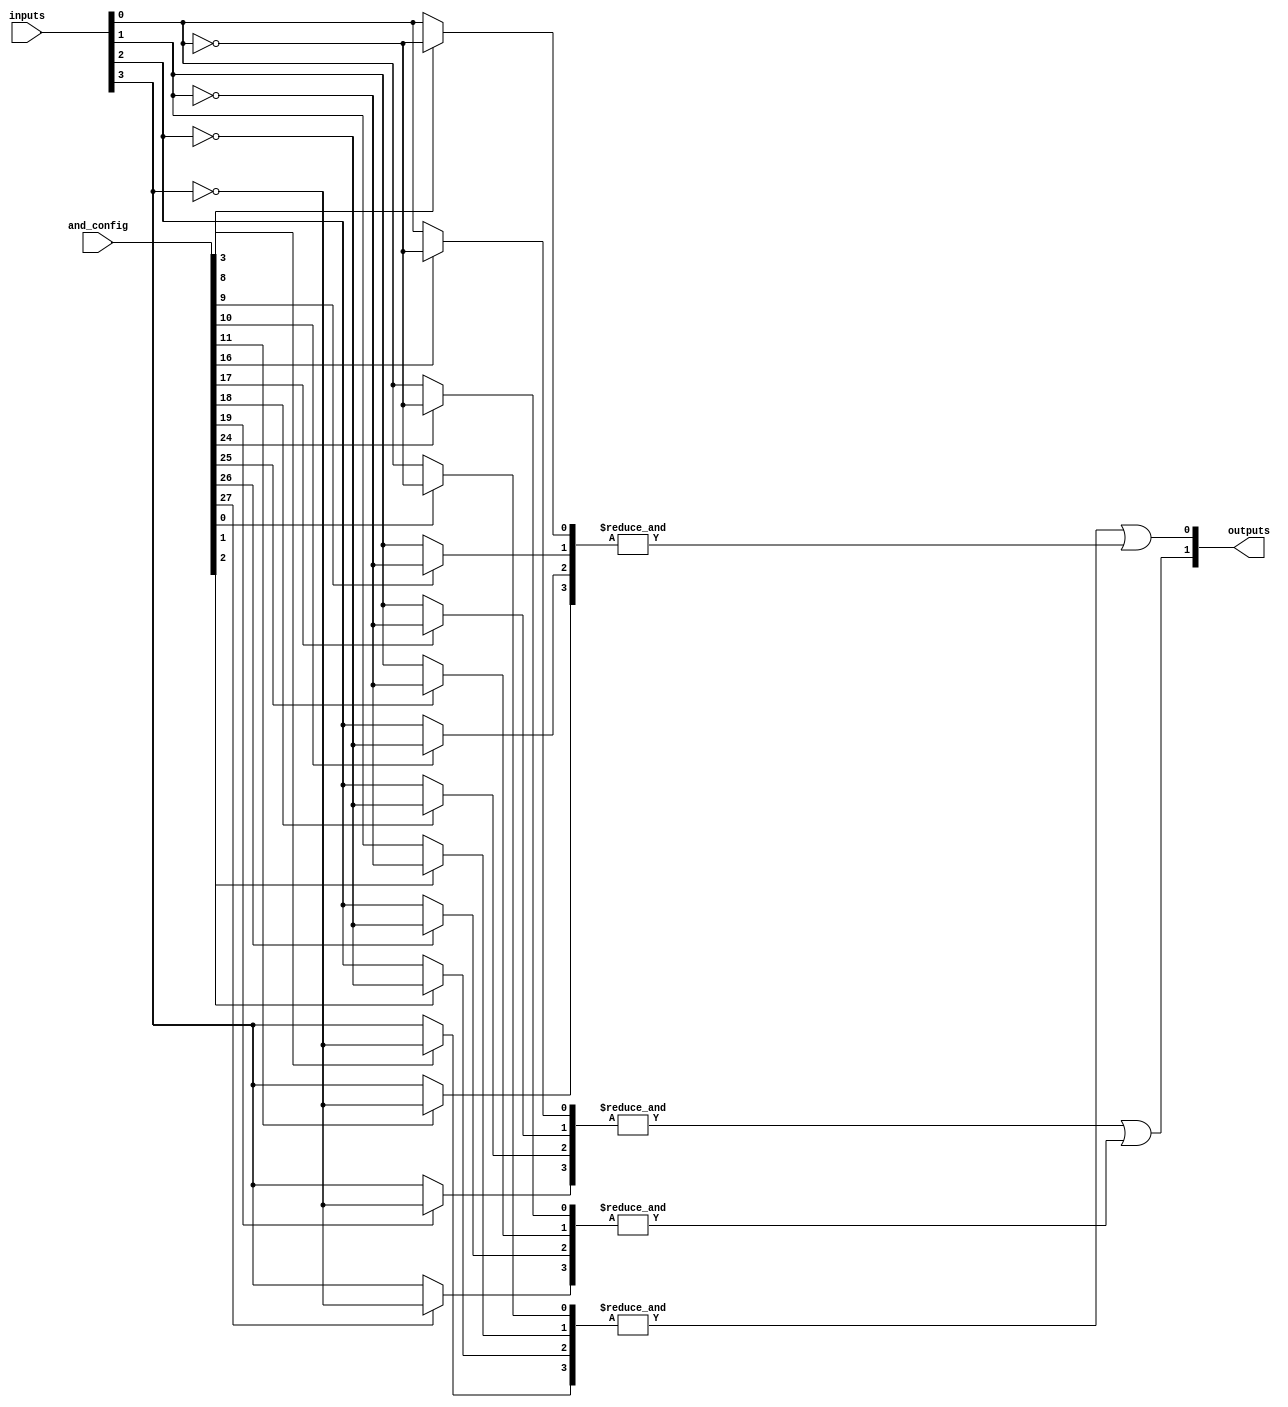
module SPAL #(
    parameter NUM_INPUTS = 4,      // Number of inputs
    parameter NUM_AND_GATES = 4,    // Number of programmable AND gates
    parameter NUM_OR_GATES = 2       // Number of fixed OR gates
)(
    input wire [NUM_INPUTS-1:0] inputs,           // Input signals
    input wire [NUM_AND_GATES*(NUM_INPUTS*2)-1:0] and_config, // Configuration for AND gates
    output wire [NUM_OR_GATES-1:0] outputs         // Output signals
);

    // Programmable AND array
    wire [NUM_AND_GATES-1:0] and_outputs; // Outputs from AND gates

    genvar i, j;
    generate
        for (i = 0; i < NUM_AND_GATES; i = i + 1) begin : and_gate
            wire [NUM_INPUTS-1:0] and_inputs;
            // Generate inputs for each AND gate based on configuration
            for (j = 0; j < NUM_INPUTS; j = j + 1) begin : input_mux
                assign and_inputs[j] = and_config[i * (NUM_INPUTS * 2) + j] ? ~inputs[j] : inputs[j];
            end
            // AND gate logic
            assign and_outputs[i] = &and_inputs; // AND all inputs
        end
    endgenerate

    // Fixed OR array
    assign outputs[0] = and_outputs[0] | and_outputs[1]; // OR gate 1
    assign outputs[1] = and_outputs[2] | and_outputs[3]; // OR gate 2

endmodule